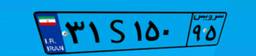
۳۱S۱۵۰۹۵